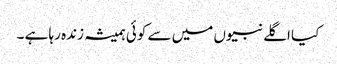
کیا اگلے نبیوں میں سے کوئی ہمیشہ زندہ رہا ہے ۔